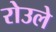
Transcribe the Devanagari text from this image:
रोउले